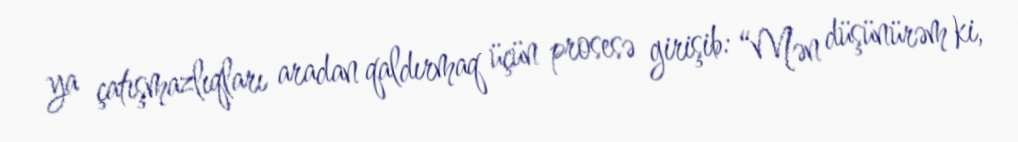
ya çatışmazlıqları aradan qaldırmaq üçün prosesə girişib: “Mən düşünürəm ki,